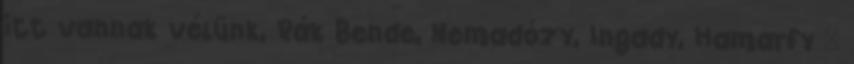
itt vannak vélünk, Rák Bende, Nemadózy, Ingady, Hamarfy –